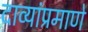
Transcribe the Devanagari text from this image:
दाव्यांप्रमाणे